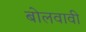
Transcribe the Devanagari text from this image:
बोलवावी